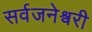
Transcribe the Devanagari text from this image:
सर्वजनेश्वरी